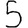
Digit: 5